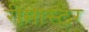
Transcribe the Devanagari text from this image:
रीमास्टर